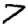
Digit: 7